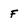
Character: F